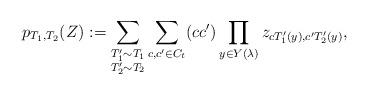
LaTeX: \begin{align*}p_{T_1,T_2}(Z):=\sum_{\substack{T_1' \sim T_1 \\T_2' \sim T_2}} \sum_{c,c' \in C_{t}} (cc')\prod_{y \in Y(\lambda)} z_{c T_1'(y),c'T_2'(y)},\end{align*}